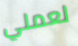
لعملي